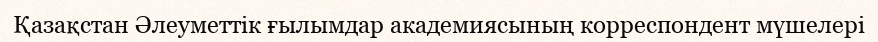
Қазақстан Әлеуметтік ғылымдар академиясының корреспондент мүшелері